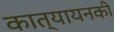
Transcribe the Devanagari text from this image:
कात्यायनकी